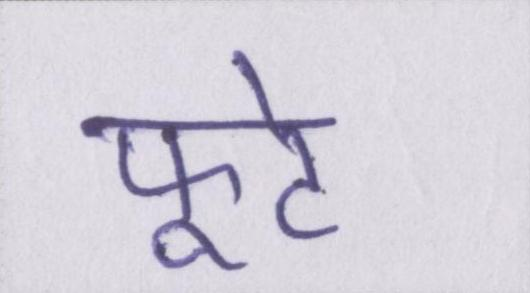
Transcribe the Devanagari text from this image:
फूटे